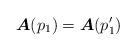
LaTeX: \begin{align*}\boldsymbol{A}(p_1)=\boldsymbol{A}(p'_1)\end{align*}